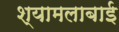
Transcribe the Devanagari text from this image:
श्यामलाबाई